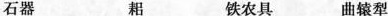
石器 耜 铁农具 曲辕犁